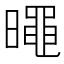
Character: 𣋋